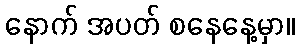
နောက် အပတ် စနေနေ့မှာ။